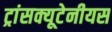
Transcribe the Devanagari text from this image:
ट्रांसक्यूटेनीयस